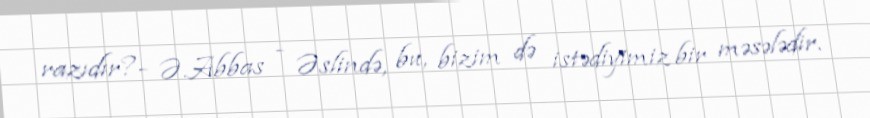
razıdır?- Ə.Abbas - Əslində, bu, bizim də istədiyimiz bir məsələdir.